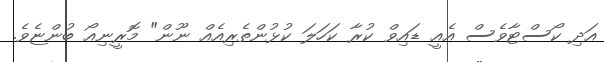
އަދި ކޯސްޓާވެސް އެއީ ޑައިވް ކުރާ ކަހަލަ ކުޅުންތެރިއެއް ނޫން" މޮރީނިއޯ ބުންޏެވެ.